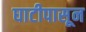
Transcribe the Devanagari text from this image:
घाटीपासून